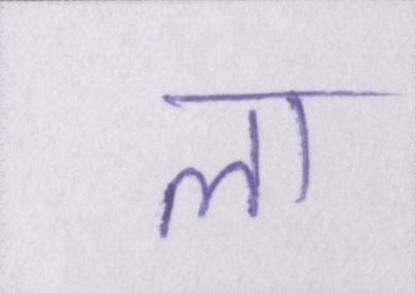
ला